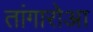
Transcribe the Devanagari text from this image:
तांगारोआ